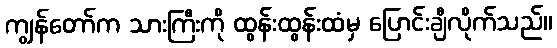
ကျွန်တော်က သားကြီးကို ထွန်းထွန်းထံမှ ပြောင်းချီလိုက်သည်။